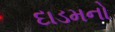
દાડમનો